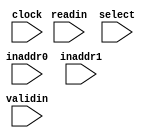
module twoQ(clock, inaddr0, inaddr1, validin, readin, select);
    parameter		WIDTH = 2; // width of the addresses
    input 		clock, select;
    input [1:0] 	validin, readin;
    input [WIDTH-1:0] 	inaddr0, inaddr1;

    wire [1:0] 		bus_req, validout, outisread;
    wire [WIDTH-1:0] 	outaddr0, outaddr1, readheadentry0, readheadentry1;

    reg [1:0] 		bus_gnt;
    
    sampleq #(WIDTH) q0 (inaddr0, validin[0], readin[0], clock,
			 bus_gnt[0], bus_req[0], outaddr0, validout[0],
			 outisread[0], readheadentry0);
    sampleq #(WIDTH) q1 (inaddr1, validin[1], readin[1], clock,
			 bus_gnt[1], bus_req[1], outaddr1, validout[1],
			 outisread[1], readheadentry1);

    initial bus_gnt = 0;

    always @ (posedge clock) begin
	if (select && bus_req[1])
	  bus_gnt = 2'b10;
	else if (!select && bus_req[0])
	  bus_gnt = 2'b01;
	else
	  bus_gnt = 2'b00;
    end

endmodule // twoQ


module sampleq(inaddr, validin, readin, clkin, bus_gnt, bus_req,
	       outaddr, validout, outisaread, readheadentry);

    parameter		WIDTH = 2; // width of the addresses
    parameter		LENGTH = 4; // length of the read/write fifos
    parameter		LOGLENGTH = 2; //no. of bits required to encode
                                       // head/tail pointers
    input		validin, readin, clkin, bus_gnt;
    input [WIDTH-1:0]	inaddr;

    output 		bus_req, validout, outisaread;
    output [WIDTH-1:0] 	readheadentry, outaddr;

    reg [WIDTH-1:0]	readfifo [LENGTH-1:0];  // fifo to store read requests
    reg [WIDTH-1:0]	writefifo [LENGTH-1:0]; // fifo to store write requests
    reg [LOGLENGTH-1:0]	readtail; // points to the next incoming read address
    reg [LOGLENGTH-1:0]	readhead; // points to the next outgoing read address
    reg [LOGLENGTH-1:0]	writehead; // points to the next incoming write address
    reg [LOGLENGTH-1:0]	writetail; // points to the next outgoing write address

    reg			match; // indicates address match between the
                               // next outgoing read entry and a write entry.
    reg 		inputmatch;
    reg [WIDTH-1:0] 	outaddr; // output addres
    reg  		outisaread; // indicates output is a read
    reg			validout; // flags that the output address is valid
    wire		readfull, writefull, readempty, writeempty;
    integer		i;
    // Signals used in properties.
    reg [LOGLENGTH-1:0] storeaddr; // output addres
    wire [WIDTH-1:0]	writetailentry;

    initial begin
	storeaddr = 0;
	inputmatch = 0;
       	readtail = 0;
	writetail = 0;
	readhead = 0;
  	writehead = 0;
	validout = 0;
	outisaread = 0;
	outaddr = 0;
	match = 0;
	for (i = 0; i <= LENGTH-1; i = i + 1) begin
	    readfifo[i] = 0;
	    writefifo[i] = 0;
	end
    end

    always @(posedge clkin) begin
	// input: requests are queued in their respective FIFOs.
	if (validin && readin && !readfull) begin
	    readfifo[readtail] = inaddr;
	    readtail = readtail + 1;
	end else if (validin && !readin && !writefull) begin
	    writefifo[writetail] = inaddr;
	    writetail = writetail + 1;
	end // if (validin && !outisaread && !writefull)
        if (bus_gnt) begin
	    // checking for match between the next read queue entry and any
	    // entry in the write queue
	    match = 0;
	    for (i = 0; i <= LENGTH-1; i = i + 1) begin
		if (((writehead < writetail) && (i >= writehead) &&
		     (i < writetail)) ||
	            ((writehead > writetail) && ((i >= writehead) ||
						 (i < writetail)))) begin
		    if ((readempty == 0) &&
			(readfifo[readhead] == writefifo[i])) begin
			match = 1;
 			storeaddr = readhead;
		    end
		end
	    end // for (i = 0; i < LENGTH-1; i = i + 1)
	    // output: requests are queued out in the fifo order. Read
	    // requests are queued out before write requests unless the read
	    // address is present in the write queue. In case of a match,
	    // the read request is withheld till the write requests with the
	    // match are sent out.
	    if (!readempty && !match) begin
		outaddr = readfifo[readhead];
		readhead = readhead + 1;
		outisaread = 1;
		validout = 1;
	    end else if (!writeempty) begin
		outaddr = writefifo[writehead];
		writehead = writehead + 1;
		outisaread = 0;
		validout = 1;
	    end else begin
		validout = 0;
	    end
        end
    end // always

    assign readempty = (readtail == readhead); // read queue is empty
    assign writeempty = (writetail == writehead); // write queue is empty
    // read queue is full
    assign readfull = (((readtail +1)&{LOGLENGTH{1'b1}}) == readhead);
    // write queue is full
    assign writefull = (((writetail + 1)&{LOGLENGTH{1'b1}}) == writehead);

    assign readheadentry = readfifo[readhead];
    assign writetailentry = writefifo[writetail];

    assign bus_req = !(readempty && writeempty);

endmodule // sampleq